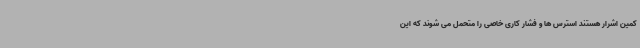
کمین اشرار هستند استرس ها و فشار کاری خاصی را متحمل می شوند که این